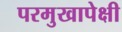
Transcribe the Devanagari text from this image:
परमुखापेक्षी